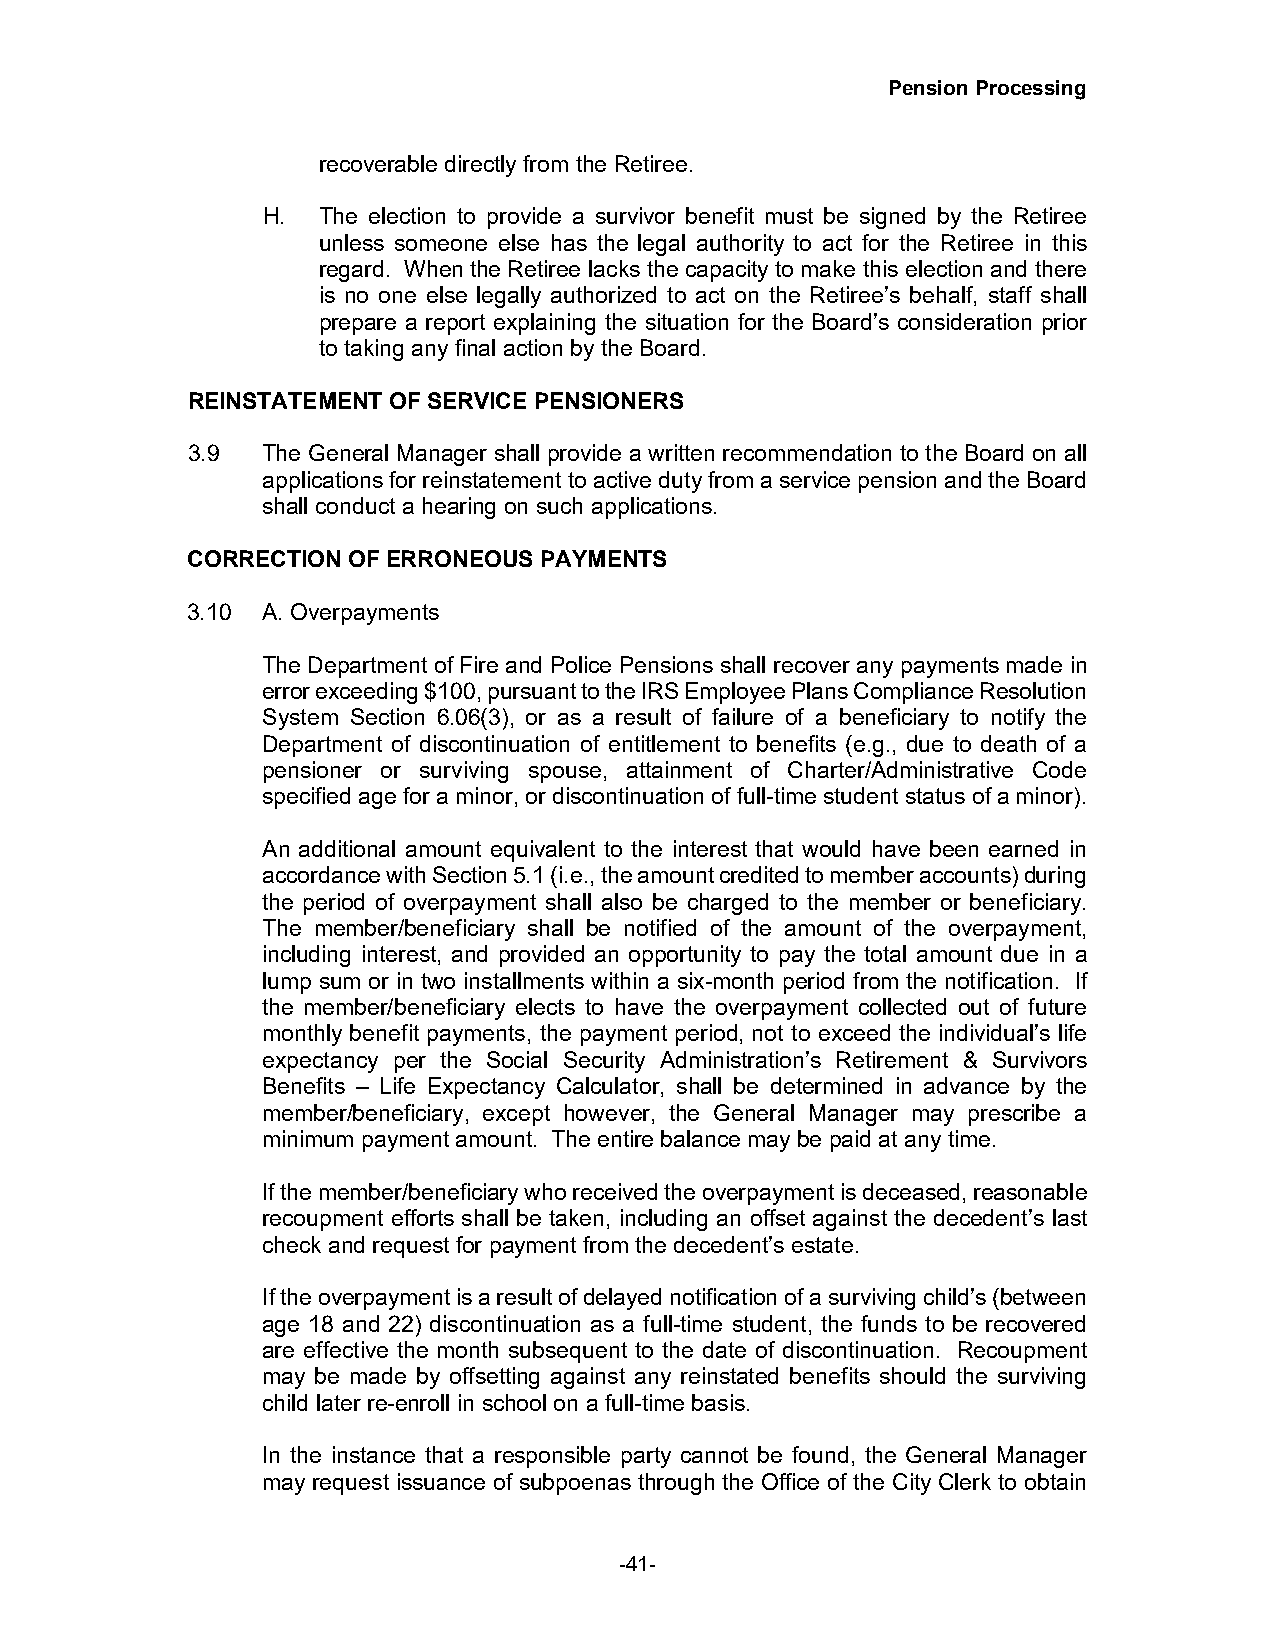
Pension Processing
 recoverable directly from the Retiree.
 H.  The election to provide a survivor benefit must be signed by the Retiree
 unless someone else has the legal authority to act for the Retiree in this
 regard. When the Retiree lacks the capacity to make this election and there
 is no one else legally authorized to act on the Retiree’s behalf, staff shall
 prepare a report explaining the situation for the Board’s consideration prior
 to taking any final action by the Board.
 REINSTATEMENT OF SERVICE PENSIONERS
 3.9  The General Manager shall provide a written recommendation to the Board on all
 applications for reinstatement to active duty from a service pension and the Board
 shall conduct a hearing on such applications.
 CORRECTION OF ERRONEOUS PAYMENTS
 3.10 A. Overpayments
 The Department of Fire and Police Pensions shall recover any payments made in
 error exceeding $100, pursuant to the IRS Employee Plans Compliance Resolution
 System Section 6.06(3), or as a result of failure of a beneficiary to notify the
 Department of discontinuation of entitlement to benefits (e.g., due to death of a
 pensioner or surviving spouse, attainment of Charter/Administrative Code
 specified age for a minor, or discontinuation of full-time student status of a minor).
 An additional amount equivalent to the interest that would have been earned in
 accordance with Section 5.1 (i.e., the amount credited to member accounts) during
 the period of overpayment shall also be charged to the member or beneficiary.
 The member/beneficiary shall be notified of the amount of the overpayment,
 including interest, and provided an opportunity to pay the total amount due in a
 lump sum or in two installments within a six-month period from the notification. If
 the member/beneficiary elects to have the overpayment collected out of future
 monthly benefit payments, the payment period, not to exceed the individual’s life
 expectancy per the Social Security Administration’s Retirement & Survivors
 Benefits – Life Expectancy Calculator, shall be determined in advance by the
 member/beneficiary, except however, the General Manager may prescribe a
 minimum payment amount. The entire balance may be paid at any time.
 If the member/beneficiary who received the overpayment is deceased, reasonable
 recoupment efforts shall be taken, including an offset against the decedent’s last
 check and request for payment from the decedent’s estate.
 If the overpayment is a result of delayed notification of a surviving child’s (between
 age 18 and 22) discontinuation as a full-time student, the funds to be recovered
 are effective the month subsequent to the date of discontinuation. Recoupment
 may be made by offsetting against any reinstated benefits should the surviving
 child later re-enroll in school on a full-time basis.
 In the instance that a responsible party cannot be found, the General Manager
 may request issuance of subpoenas through the Office of the City Clerk to obtain
 -41-